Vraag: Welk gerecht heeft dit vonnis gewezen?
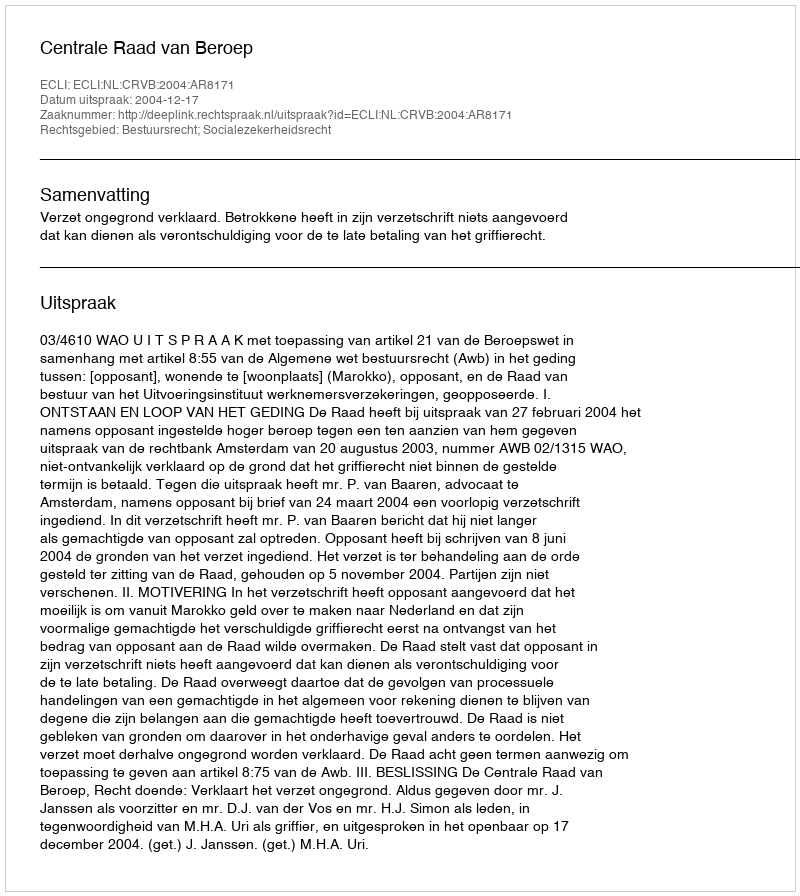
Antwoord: Centrale Raad van Beroep